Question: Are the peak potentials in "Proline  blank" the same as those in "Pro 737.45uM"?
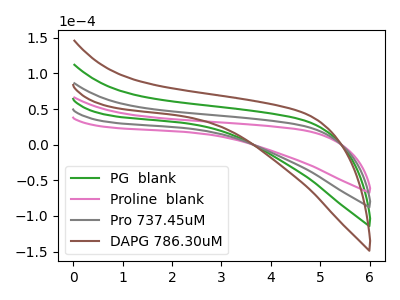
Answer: <think>The green curve "PG  blank" has no peaks. The pink curve "Proline  blank" has no peaks. The gray curve "Pro 737.45uM" has no peaks. The brown curve "DAPG 786.30uM" has no peaks.</think>
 <answer>Niether CV has any peaks.</answer>
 <eval>blanks</eval>